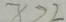
x > 2